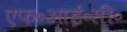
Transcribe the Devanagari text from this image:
एफ॰आई॰सी॰